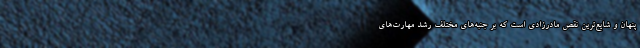
پنهان و شایع‌ترین نقص مادرزادی است که بر جنبه‌های مختلف رشد مهارت‌های